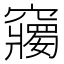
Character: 𥨲